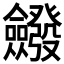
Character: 𭯆